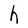
Character: h